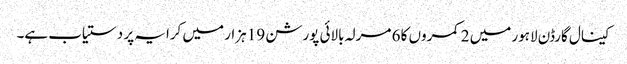
کینال گارڈن لاہور میں 2 کمروں کا 6 مرلہ بالائی پورشن 19 ہزار میں کرایہ پر دستیاب ہے۔